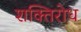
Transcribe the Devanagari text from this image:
शक्तिरोध